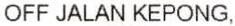
OFF JALAN KEPONG,